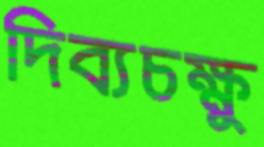
দিব্যচক্ষু